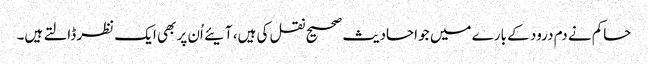
حاکم نے دم درود کے بارے میں جو احادیث صحیح نقل کی ہیں، آیئے اُن پر بھی ایک نظر ڈالتے ہیں۔